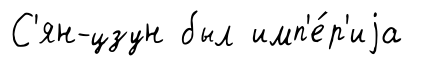
С'ян-цзун был имп'е́р'иjа